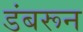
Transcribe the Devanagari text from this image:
डंबरून